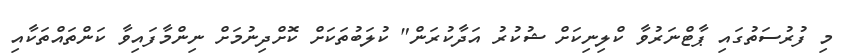
މި ފުރުސަތުގައި ޕާޓްނަރުވާ ކްލިނިކަށް ޝުކުރު އަދާކުރަން" ކުލަބުތަކަށް ކޮށްދިނުމަށް ނިންމާފައިވާ ކަންތައްތަކާއި